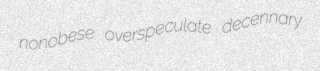
nonobese overspeculate decennary